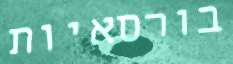
בורסאיות